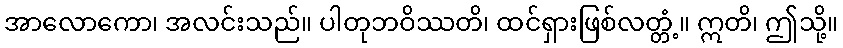
အာလောကော၊ အလင်းသည်။ ပါတုဘဝိဿတိ၊ ထင်ရှားဖြစ်လတ္တံ့။ ဣတိ၊ ဤသို့။